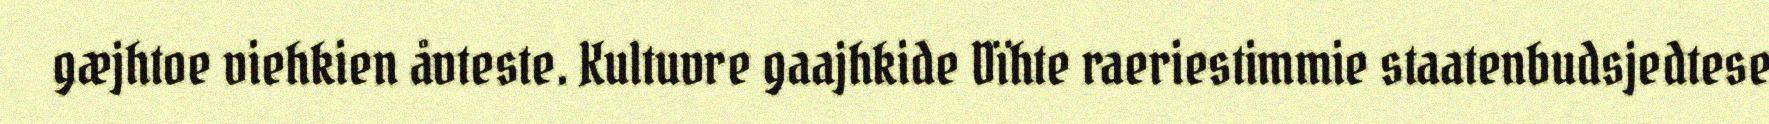
gæjhtoe viehkien åvteste. Kultuvre gaajhkide Dïhte raeriestimmie staatenbudsjedtese